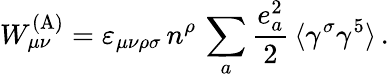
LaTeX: W_{\mu\nu}^{\mathrm{(A)}}=\varepsilon_{\mu\nu\rho\sigma}\, n^{\rho}\, \sum_{a}\frac{e_{a}^{2}}{2}\, \langle\gamma^{\sigma}\gamma^{5}\rangle\, .